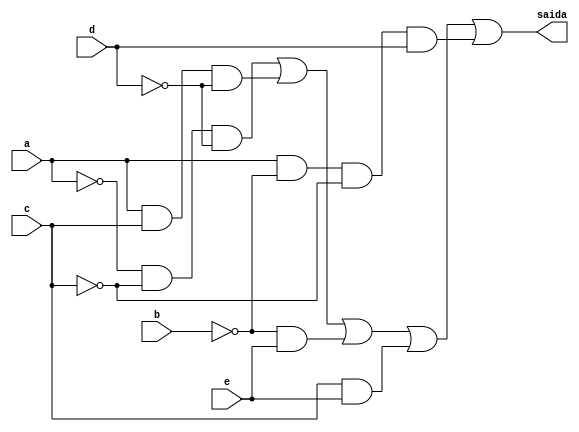
//NOME: Henrique Carvalho Parreira

module metodoreduzirquine ( saida,a,b,c,d,e );

output saida;
input a,b,c,d,e;
wire temp1,temp2,temp3,temp4,temp5,temp6,temp7,temp8,temp9,temp10,temp11;

not NOT1 (temp1,a);
not NOT2 (temp2,c);
not NOT3 (temp3,d);
and AND1 (temp4,temp1,temp2,temp3);
and AND2 (temp5,a,c,temp3);
not NOT5 (temp6,b);
and AND3 (temp7,temp6,e);
and AND4 (temp8,c,e);
not NOT6 (temp9,b);
not NOT7 (temp10,c);
and AND5 (temp11,a,temp9,temp10,d);
or OR1 (saida,temp4,temp5,temp7,temp8,temp11);

endmodule

module testguia8;
reg a,b,c,d,e;
wire saida;

metodoreduzirquine  REDUZIRQUINE ( saida,a,b,c,d,e );

initial begin:start
        a=0; b=0; c=0; d=0; e=0;
end

initial begin: main
#1 $display (" Circuito do exercicio 03-guia8 ");
#1 $display (" a |  b |  c |  d  |  e =  saida ");
  $monitor (" %b  | %b  | %b |  %b |  %b =   %b ",a,b,c,d,e,saida);
           #1 a=0;  b=0;    c=0;   d=0;   e=1;
			  #1 a=0;  b=0;    c=0;   d=1;   e=0;
			  #1 a=0;  b=0;    c=0;   d=1;   e=1;
			  #1 a=0;  b=0;    c=1;   d=0;   e=0;
			  #1 a=0;  b=0;    c=1;   d=0;   e=1;
			  #1 a=0;  b=0;    c=1;   d=1;   e=0;
			  #1 a=0;  b=0;    c=1;   d=1;   e=1;
			  #1 a=0;  b=1;    c=0;   d=0;   e=0;
			  #1 a=0;  b=1;    c=0;   d=0;   e=1;
			  #1 a=0;  b=1;    c=0;   d=1;   e=0;
			  #1 a=0;  b=1;    c=0;   d=1;   e=1;
			  #1 a=0;  b=1;    c=1;   d=0;   e=0;
			  #1 a=0;  b=1;    c=1;   d=0;   e=1;
			  #1 a=0;  b=1;    c=1;   d=1;   e=0;
			  #1 a=0;  b=1;    c=1;   d=1;   e=1;
			  
			  #1 a=1;  b=0;    c=0;   d=0;   e=0;
			  #1 a=1;  b=0;    c=0;   d=0;   e=1;
			  #1 a=1;  b=0;    c=0;   d=1;   e=0;
			  #1 a=1;  b=0;    c=0;   d=1;   e=1;
			  #1 a=1;  b=0;    c=1;   d=0;   e=0;
			  #1 a=1;  b=0;    c=1;   d=0;   e=1;
			  #1 a=1;  b=0;    c=1;   d=1;   e=0;
			  #1 a=1;  b=0;    c=1;   d=1;   e=1;
			  #1 a=1;  b=1;    c=0;   d=0;   e=0;
			  #1 a=1;  b=1;    c=0;   d=0;   e=1;
			  #1 a=1;  b=1;    c=0;   d=1;   e=0;
			  #1 a=1;  b=1;    c=0;   d=1;   e=1;
			  #1 a=1;  b=1;    c=1;   d=0;   e=0;
			  #1 a=1;  b=1;    c=1;   d=0;   e=1;
			  #1 a=1;  b=1;    c=1;   d=1;   e=0;
			  #1 a=1;  b=1;    c=1;   d=1;   e=1;
			  
			  
end
endmodule